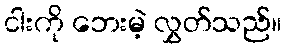
ငါးကို ဘေးမဲ့ လွှတ်သည်။